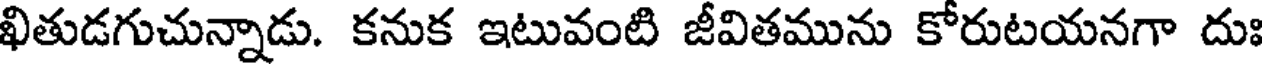
ఖితుడగుచున్నాడు. కనుక ఇటువంటి జీవితమును కోరుటయనగా దుః